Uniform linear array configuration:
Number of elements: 32
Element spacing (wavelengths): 0.25
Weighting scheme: blackman
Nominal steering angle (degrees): -30
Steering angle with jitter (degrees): -31.862
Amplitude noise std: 0.05
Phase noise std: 0.05

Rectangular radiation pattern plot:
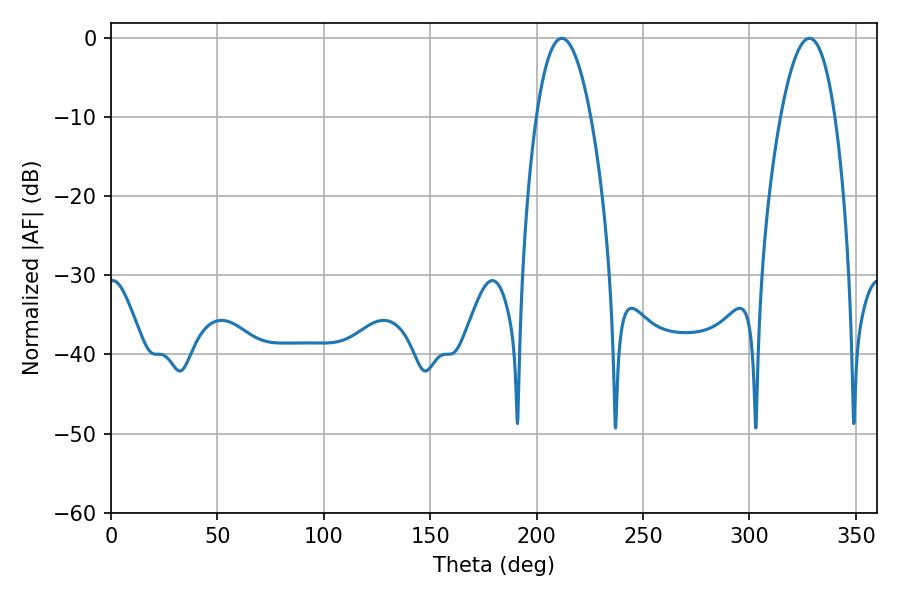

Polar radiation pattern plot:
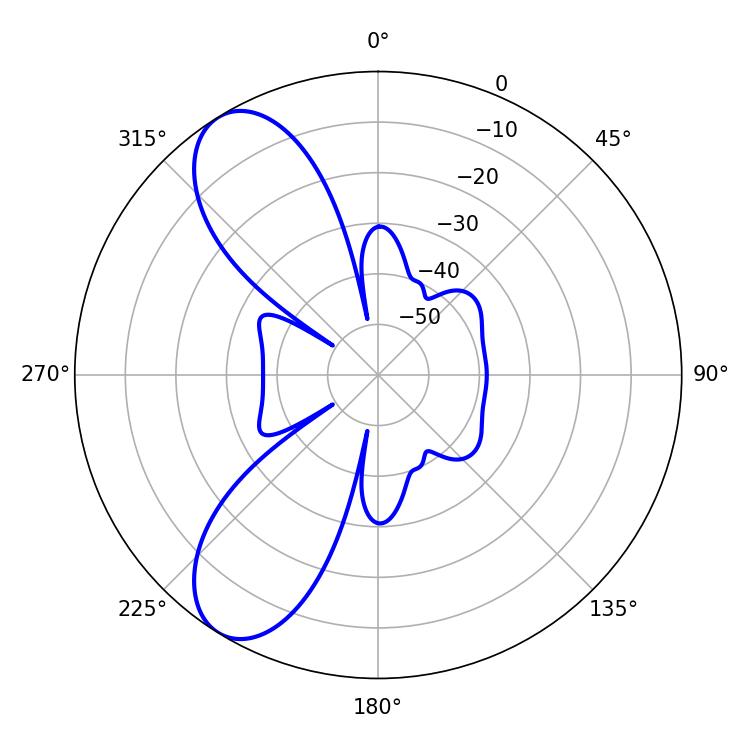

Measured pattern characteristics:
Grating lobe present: FALSE
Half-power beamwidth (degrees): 14.22
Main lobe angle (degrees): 211.86